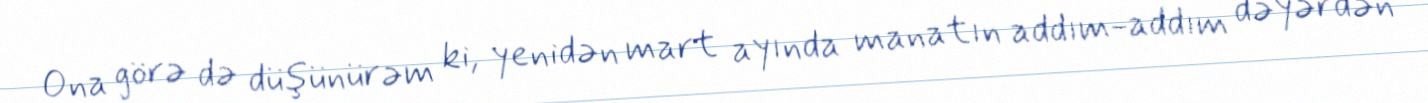
Ona görə də düşünürəm ki, yenidən mart ayında manatın addım-addım dəyərdən